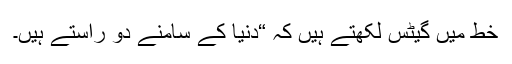
خط میں گیٹس لکھتے ہیں کہ “دنیا کے سامنے دو راستے ہیں۔